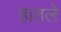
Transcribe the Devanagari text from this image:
हातले